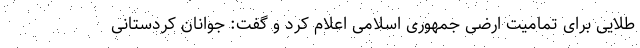
طلایی برای تمامیت ارضی جمهوری اسلامی اعلام کرد و گفت: جوانان کردستانی